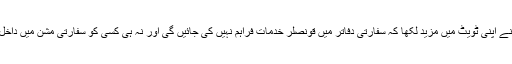
اسرائیلی وزارت خارجہ نے اپنی ٹویٹ میں مزید لکھا کہ سفارتی دفاتر میں قونصلر خدمات فراہم نہیں کی جائیں گی اور نہ ہی کسی کو سفارتی مشن میں داخل ہونے کی اجازت ہوگی۔